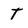
Character: t